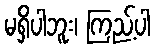
မရှိပါဘူး၊ ကြည့်ပါ